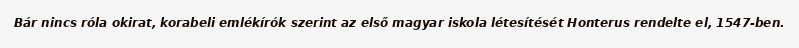
Bár nincs róla okirat, korabeli emlékírók szerint az első magyar iskola létesítését Honterus rendelte el, 1547-ben.